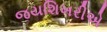
જયશિખરીએ